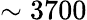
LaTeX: \sim 3700